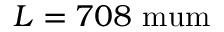
L = 7 0 8 \mathrm { \ m u m }